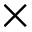
\times